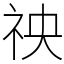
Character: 䄃